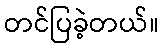
တင်ပြခဲ့တယ်။